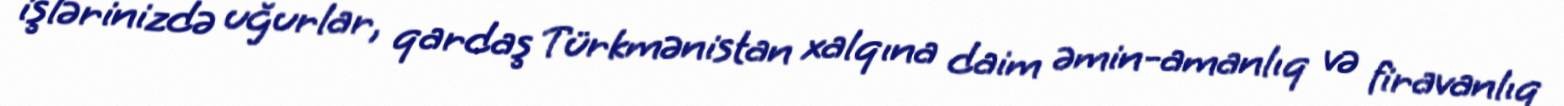
işlərinizdə uğurlar, qardaş Türkmənistan xalqına daim əmin-amanlıq və firavanlıq